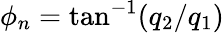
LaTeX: \phi_{n}=\tan^{-1}(q_{2}/q_{1})